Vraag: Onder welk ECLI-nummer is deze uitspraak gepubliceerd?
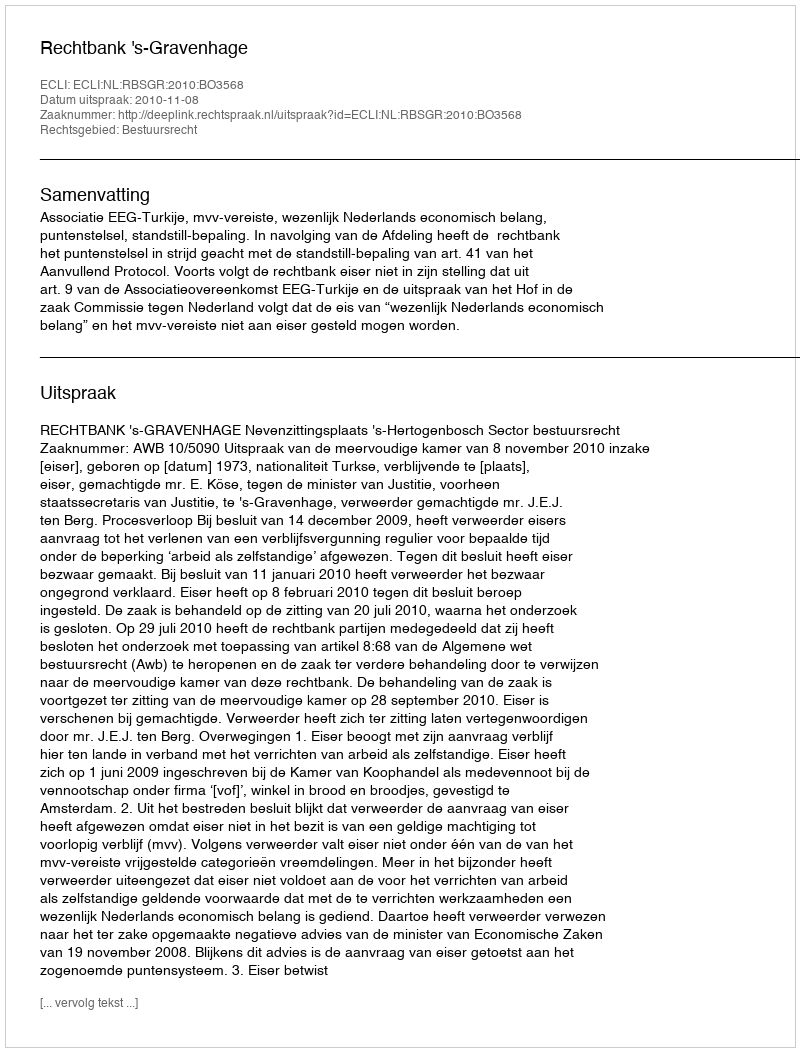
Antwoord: ECLI:NL:RBSGR:2010:BO3568